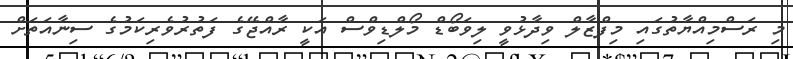
މި ރަސްމިއްޔާތުގައި މިފްޒާލް ވިދާޅުވީ ލިވަބޯޑް މޯލްޑިވްސް އަކީ ރާއްޖޭގެ ފަތުރުވެރިކަމުގެ ސިނާއަތަށް